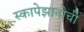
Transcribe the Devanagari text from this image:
स्कापेझानोची